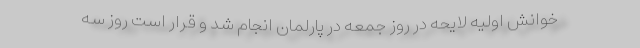
خوانش اولیه لایحه در روز جمعه در پارلمان انجام شد و قرار است روز سه